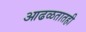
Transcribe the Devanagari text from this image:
आढळतातही